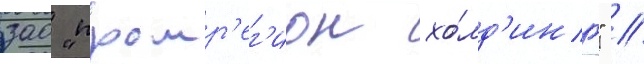
зао "промр'ег'ион хо́лд'инг" /